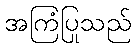
အကြံပြုသည်